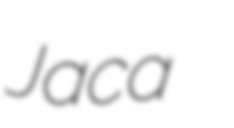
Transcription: Jaca